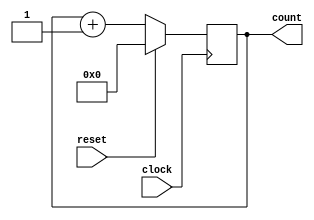
module uut_always02(clock, reset, count);

input clock, reset;
output [3:0] count;
reg [3:0] count;

always @(posedge clock) begin
	count <= count + 1;
	if (reset)
		count <= 0;
end

endmodule